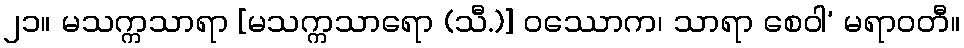
၂၁။ မသက္ကသာရာ [မသက္ကသာရော (သီ.)] ဝဿောက၊ သာရာ စေဝါ’ မရာဝတီ။